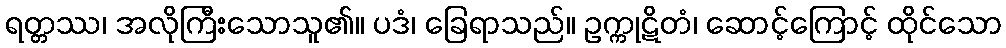
ရတ္တဿ၊ အလိုကြီးသောသူ၏။ ပဒံ၊ ခြေရာသည်။ ဥက္ကုဋိတံ၊ ဆောင့်ကြောင့် ထိုင်သော